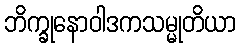
ဘိက္ခုနောဝါဒကသမ္မုတိယာ